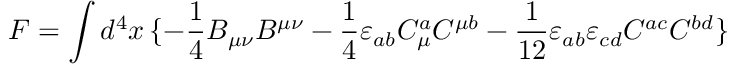
F = \int d ^ { 4 } x \, \{ - \frac { 1 } { 4 } B _ { \mu \nu } B ^ { \mu \nu } - \frac { 1 } { 4 } \varepsilon _ { a b } C _ { \mu } ^ { a } C ^ { \mu b } - \frac { 1 } { 1 2 } \varepsilon _ { a b } \varepsilon _ { c d } C ^ { a c } C ^ { b d } \}